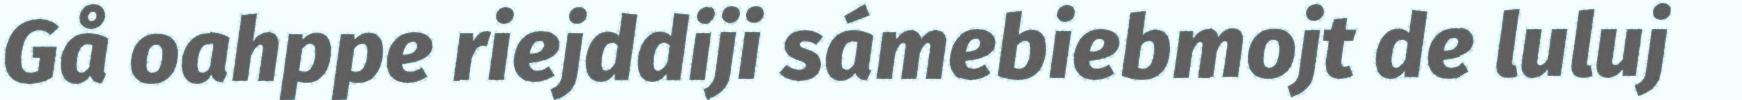
Gå oahppe riejddiji sámebiebmojt de luluj